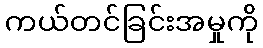
ကယ်တင်ခြင်းအမှုကို